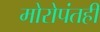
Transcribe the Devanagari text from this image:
मोरोपंतही